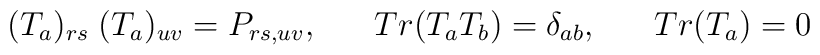
(T_{a})_{rs}\;(T_{a})_{uv} = P_{rs,uv},\;\;\;\;\;\; Tr(T_{a} T_{b}) = \delta_{ab}, \;\;\;\;\;\; Tr(T_{a}) = 0